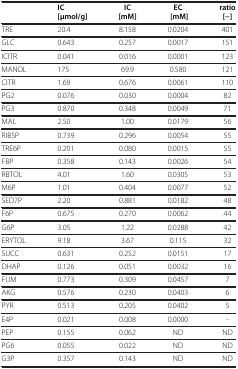
<table><thead><tr><td><b> </b></td><td><b>IC</b></td><td><b>IC</b></td><td><b>EC</b></td><td><b>ratio</b></td></tr><tr><td><b> </b></td><td><b>[μmol/g]</b></td><td><b>[mM]</b></td><td><b>[mM]</b></td><td><b>[−]</b></td></tr></thead><tbody><tr><td>TRE</td><td>20.4</td><td>8.158</td><td>0.0204</td><td>401</td></tr><tr><td>GLC</td><td>0.643</td><td>0.257</td><td>0.0017</td><td>151</td></tr><tr><td>ICITR</td><td>0.041</td><td>0.016</td><td>0.0001</td><td>123</td></tr><tr><td>MANOL</td><td>175</td><td>69.9</td><td>0.580</td><td>121</td></tr><tr><td>CITR</td><td>1.69</td><td>0.676</td><td>0.0061</td><td>110</td></tr><tr><td>PG2</td><td>0.076</td><td>0.030</td><td>0.0004</td><td>82</td></tr><tr><td>PG3</td><td>0.870</td><td>0.348</td><td>0.0049</td><td>71</td></tr><tr><td>MAL</td><td>2.50</td><td>1.00</td><td>0.0179</td><td>56</td></tr><tr><td>RIB5P</td><td>0.739</td><td>0.296</td><td>0.0054</td><td>55</td></tr><tr><td>TRE6P</td><td>0.201</td><td>0.080</td><td>0.0015</td><td>55</td></tr><tr><td>FBP</td><td>0.358</td><td>0.143</td><td>0.0026</td><td>54</td></tr><tr><td>RBTOL</td><td>4.01</td><td>1.60</td><td>0.0305</td><td>53</td></tr><tr><td>M6P</td><td>1.01</td><td>0.404</td><td>0.0077</td><td>52</td></tr><tr><td>SED7P</td><td>2.20</td><td>0.881</td><td>0.0182</td><td>48</td></tr><tr><td>F6P</td><td>0.675</td><td>0.270</td><td>0.0062</td><td>44</td></tr><tr><td>G6P</td><td>3.05</td><td>1.22</td><td>0.0288</td><td>42</td></tr><tr><td>ERYTOL</td><td>9.18</td><td>3.67</td><td>0.115</td><td>32</td></tr><tr><td>SUCC</td><td>0.631</td><td>0.252</td><td>0.0151</td><td>17</td></tr><tr><td>DHAP</td><td>0.126</td><td>0.051</td><td>0.0032</td><td>16</td></tr><tr><td>FUM</td><td>0.773</td><td>0.309</td><td>0.0457</td><td>7</td></tr><tr><td>AKG</td><td>0.576</td><td>0.230</td><td>0.0403</td><td>6</td></tr><tr><td>PYR</td><td>0.513</td><td>0.205</td><td>0.0402</td><td>5</td></tr><tr><td>E4P</td><td>0.021</td><td>0.008</td><td>0.0000</td><td>-</td></tr><tr><td>PEP</td><td>0.155</td><td>0.062</td><td>ND</td><td>ND</td></tr><tr><td>PG6</td><td>0.055</td><td>0.022</td><td>ND</td><td>ND</td></tr><tr><td>G3P</td><td>0.357</td><td>0.143</td><td>ND</td><td>ND</td></tr></tbody></table>